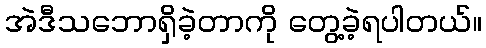
အဲဒီသဘောရှိခဲ့တာကို တွေ့ခဲ့ရပါတယ်။